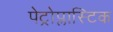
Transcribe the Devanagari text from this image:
पेट्रोप्लास्टिक